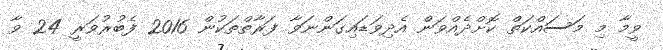
ވީމާ މި މަސައްކަތް ކޮށްދެއްވަން އެދިވަޑައިގަންނަވާ ފަރާތްތަކުން 2016 ފެބުރުވަރީ 24 ވާ